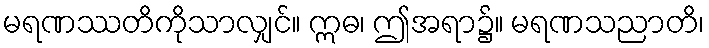
မရဏဿတိကိုသာလျှင်။ ဣဓ၊ ဤအရာ၌။ မရဏသညာတိ၊